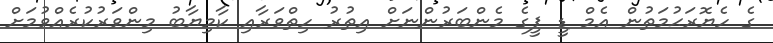
ގެ ހެޔޮރަޙުމަތުން އެމް ޑީ ޕީގެ މެންބަރުންނަށް އިތުރު ހިތްވަރާއި ކާމިޔާބު މިންވަރުކުރެއްވުމަށް